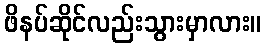
ဖိနပ်ဆိုင်လည်းသွားမှာလား။